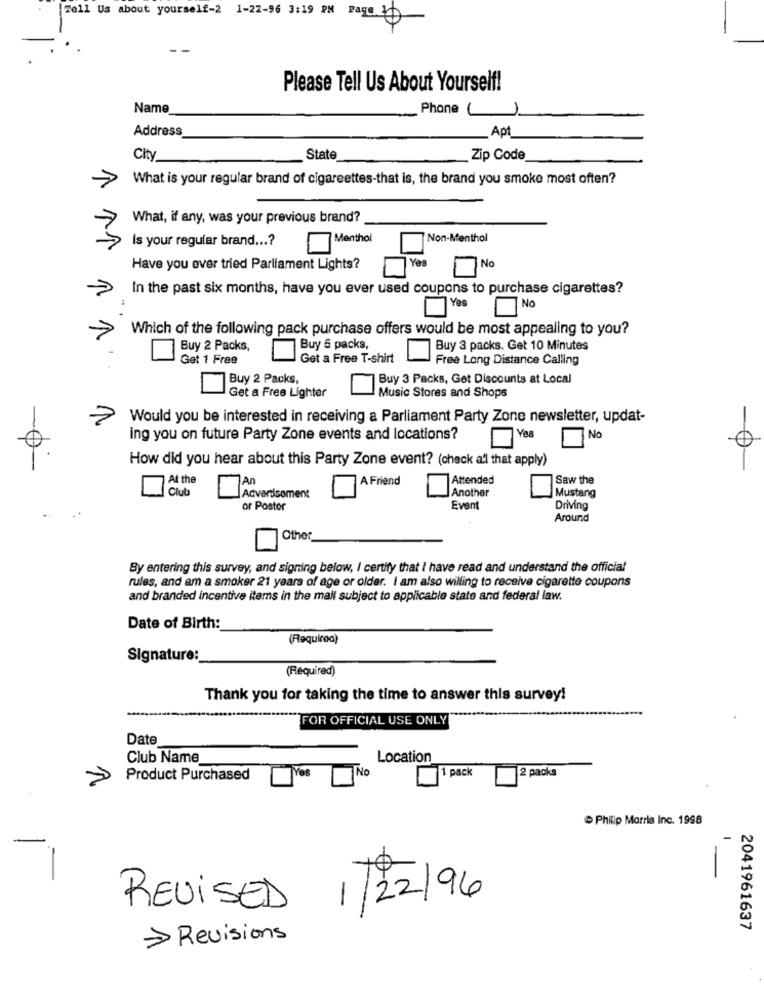
Tell Us about yourself-2 1-22-96 3:19 PM Page 0
Please Tell Us About Yourself!
Name
Phone (
Address
Apt_
City
State
Zip Code
What is your regular brand of cigareettes-that is, the brand you smoke most often?
What, if any, was your previous brand?
Is your regular brand ...?
Menthol
Non-Menthol
Yes
Have you ever tried Parliament Lights?
No
In the past six months, have you ever used coupons to purchase cigarettes?
Yes
No
Which of the following pack purchase offers would be most appealing to you?
Buy 2 Packs,
Buy 5 packs,
Buy 3 packs. Get 10 Minutes
Get 1 Free
Get a Free T-shirt
Free Long Distance Calling
Buy 2 Packs,
Buy 3 Packs, Get Discounts at Local
Get a Free Lighter
Music Stores and Shops
Would you be interested in receiving a Parliament Party Zone newsletter, updat-
ing you on future Party Zone events and locations?
Yes
No
How did you hear about this Party Zone event? (check al that apply)
At the
A Friend
Attended
Saw the
Club
An
Another
Advertisement
Mustang
or Postor
Event
Driving
Around
Other
By entering this survey, and signing below, I certify that I have read and understand the official
rules, and am a smoker 21 years of age or older. I am also willing to receive cigarette coupons
and branded incentive items in the mall subject to applicable state and federal law.
Date of Birth:
(Required)
Signature:
(Required)
Thank you for taking the time to answer this survey!
FOR OFFICIAL USE ONLY
Date
Club Name
Location
Yes
No
1 pack
Product Purchased
2 packs
Philip Morris Inc. 1998
REVISED
1/22/96
2041961637
> Revisions